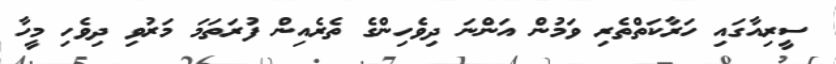
ސީރިއާގައި ހަރާކަތްތެރި ވަމުން އަންނަ ދިވެހިންގެ ތެރެއިން ފުރަތަމަ މަރުވި ދިވެހި މީހާ